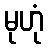
မုဟုံ